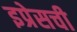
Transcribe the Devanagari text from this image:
इप्रेसची